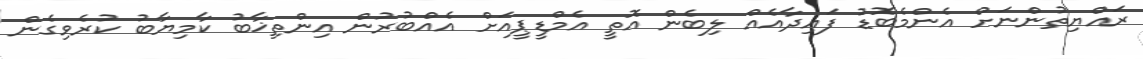
ރައްޔިތުންނަށް އެންމެބޮޑު ފައިދާއެއް ލިބެން އޮތީ އެމްޑީޕީއަށް އެއްބުރުން އިންތިޚާބު ކާމިޔާބު ކުރެވިގެން